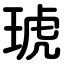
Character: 琥